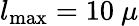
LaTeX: l_{\mathrm{max}}=10~\mu